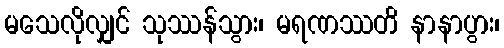
မသေလိုလျှင် သုဿန်သွား၊ မရဏဿတိ နာနာပွား၊